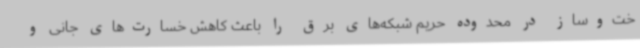
خت‌وساز در محدوده حریم شبکه‌های برق را باعث کاهش خسارت‌های جانی و